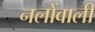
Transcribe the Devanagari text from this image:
नलोंवाली